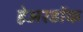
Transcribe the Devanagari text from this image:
हेअरडॉक